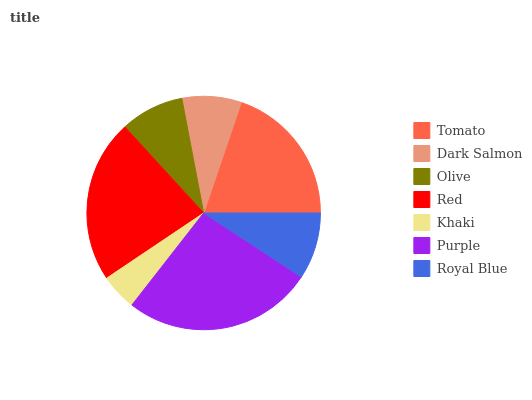
| Tomato | Dark Salmon | Olive | Red | Khaki | Purple | Royal Blue |
 | --- | --- | --- | --- | --- | --- | --- |
 | 19.8% | 8.22% | 8.83% | 22.6% | 5.05% | 26.3% | 9.24% |